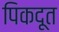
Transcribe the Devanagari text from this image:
पिकदूत